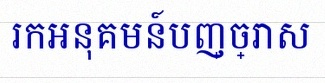
រកអនុគមន៍បញ្ច្រាស